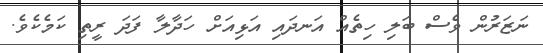
ނަޒަރުން ވެސް ބަލި ހިތެއް އަނދައި އަޅިއަށް ހަދާލާ ފަދަ ރީތި ކަމެކެވެ.